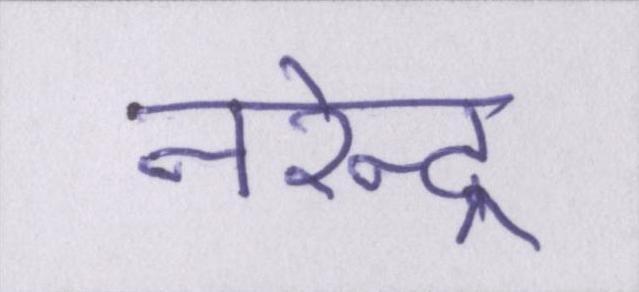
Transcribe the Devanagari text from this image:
नरेन्द्र